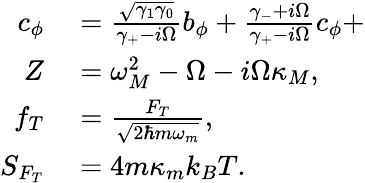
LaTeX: \begin{array}{rl}{c_{\phi}}&{{}=\frac{\sqrt{\gamma_{1}\gamma_{0}}}{\gamma_{+}-i\Omega}b_{\phi}+\frac{\gamma_{-}+i\Omega}{\gamma_{+}-i\Omega}c_{\phi}+}\\ {Z}&{{}=\omega_{M}^{2}-\Omega-i\Omega\kappa_{M},}\\ {f_{T}}&{{}=\frac{F_{T}}{\sqrt{2\hbar m\omega_{m}}},}\\ {S_{F_{T}}}&{{}=4m\kappa_{m}k_{B}T.}\end{array}